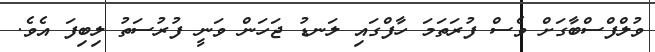
ވުލްފްސްބާގަށް ވެސް ފުރަތަމަ ހާފްގައި ލަނޑު ޖަހަން ވަނީ ފުރުސަތު ލިބިފަ އެވެ.